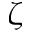
\zeta